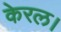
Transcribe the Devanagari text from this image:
केरल।